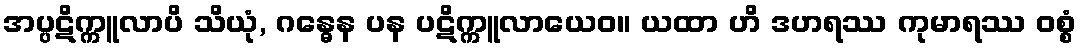
အပ္ပဋိက္ကူလာပိ သိယုံ, ဂန္ဓေန ပန ပဋိက္ကူလာယေဝ။ ယထာ ဟိ ဒဟရဿ ကုမာရဿ ဝစ္စံ